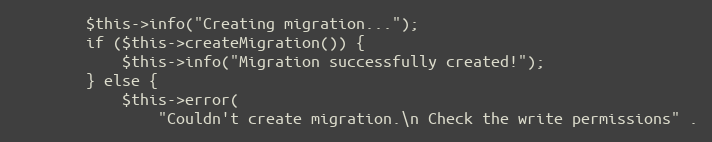
Language: PHP
        $this->info("Creating migration...");
        if ($this->createMigration()) {
            $this->info("Migration successfully created!");
        } else {
            $this->error(
                "Couldn't create migration.\n Check the write permissions" .